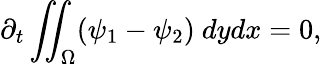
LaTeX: \partial_{t}\iint_{\Omega}(\psi_{1}-\psi_{2})\ dydx=0,